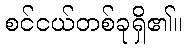
စင်ငယ်တစ်ခုရှိ၏။